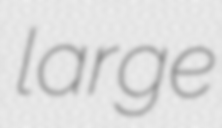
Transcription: large